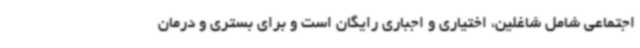
اجتماعی شامل شاغلین، اختیاری و اجباری رایگان است و برای بستری و درمان